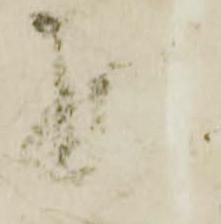
残